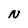
Character: N